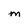
Character: M